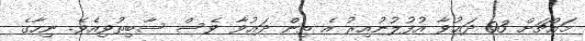
މައްޗަށް 03 ދަޢުވާ އުފުލުނުއިރު އެ ތިން ދަޢުވާ ވެސް ސާބިތުވިއެވެ. ނިހާގެ